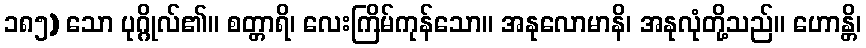
၁၈၅) သော ပုဂ္ဂိုလ်၏။ စတ္တာရိ၊ လေးကြိမ်ကုန်သော။ အနုလောမာနိ၊ အနုလုံတို့သည်။ ဟောန္တိ၊